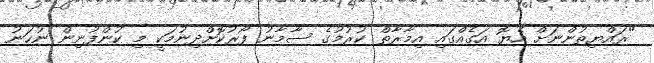
"ރައްޔިތުންނަށް ހެޔޮ އަގެއްގައި އިމާރާތް ކުރުމުގެ ސާމާނު ފޯރުކޮށްދިނުމަކީ މި ކުންފުނިން ނުހަނު